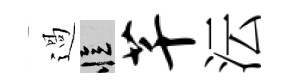
過忆芊沄